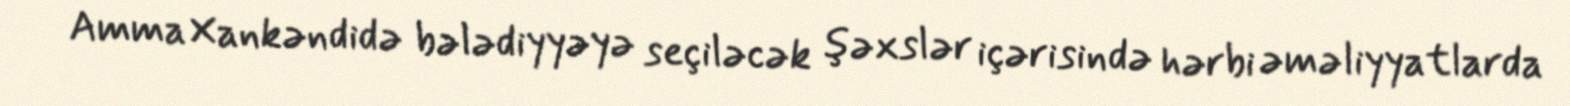
Amma Xankəndidə bələdiyyəyə seçiləcək şəxslər içərisində hərbi əməliyyatlarda